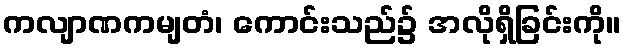
ကလျာဏကမျတံ၊ ကောင်းသည်၌ အလိုရှိခြင်းကို။